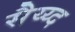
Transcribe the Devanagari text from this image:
सैय्य्द